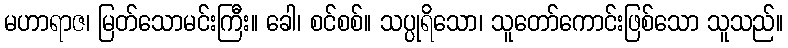
မဟာရာဇ၊ မြတ်သောမင်းကြီး။ ခေါ၊ စင်စစ်။ သပ္ပုရိသော၊ သူတော်ကောင်းဖြစ်သော သူသည်။